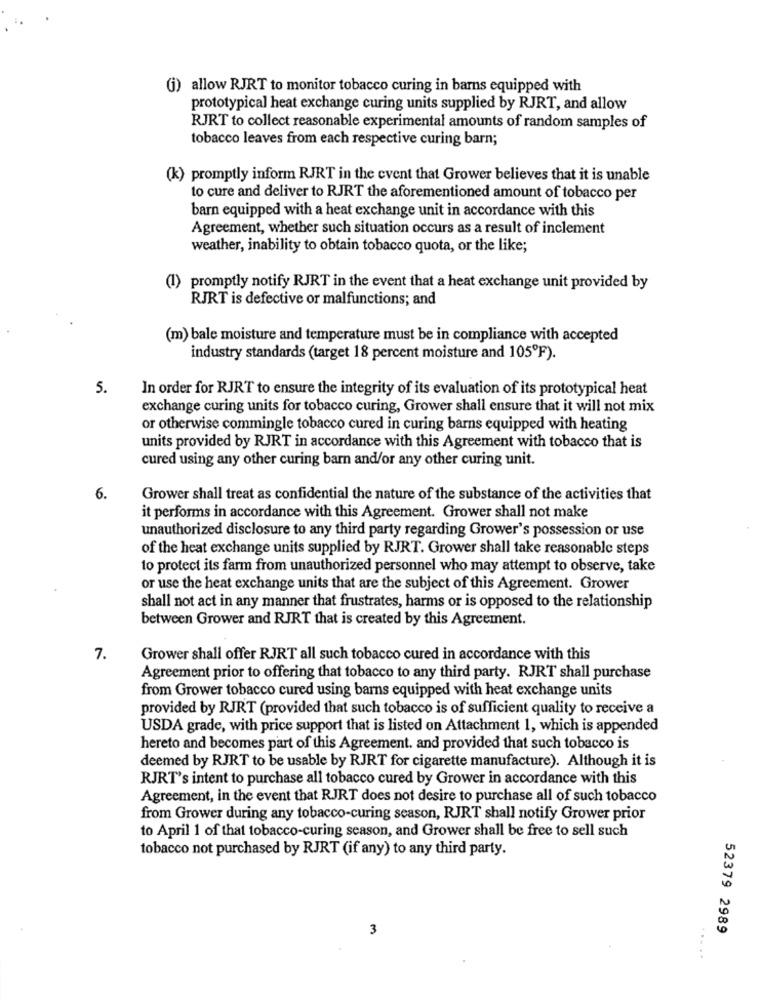
(j) allow RJRT to monitor tobacco curing in barns equipped with
prototypical heat exchange curing units supplied by RJRT, and allow
RJRT to collect reasonable experimental amounts of random samples of
tobacco leaves from each respective curing barn;
(k) promptly inform RJRT in the event that Grower believes that it is unable
to cure and deliver to RJRT the aforementioned amount of tobacco per
barn equipped with a heat exchange unit in accordance with this
Agreement, whether such situation occurs as a result of inclement
weather, inability to obtain tobacco quota, or the like;
(1)
promptly notify RJRT in the event that a heat exchange unit provided by
RJRT is defective or malfunctions; and
(m) bale moisture and temperature must be in compliance with accepted
industry standards (target 18 percent moisture and 105ºF).
5.
In order for RJRT to ensure the integrity of its evaluation of its prototypical heat
exchange curing units for tobacco curing, Grower shall ensure that it will not mix
or otherwise commingle tobacco cured in curing barns equipped with heating
units provided by RJRT in accordance with this Agreement with tobacco that is
cured using any other curing barn and/or any other curing unit.
6.
Grower shall treat as confidential the nature of the substance of the activities that
it performs in accordance with this Agreement. Grower shall not make
unauthorized disclosure to any third party regarding Grower's possession or use
of the heat exchange units supplied by RJRT. Grower shall take reasonable steps
to protect its farm from unauthorized personnel who may attempt to observe, take
or use the heat exchange units that are the subject of this Agreement. Grower
shall not act in any manner that frustrates, harms or is opposed to the relationship
between Grower and RJRT that is created by this Agreement.
7.
Grower shall offer RJRT all such tobacco cured in accordance with this
Agreement prior to offering that tobacco to any third party. RJRT shall purchase
from Grower tobacco cured using barns equipped with heat exchange units
provided by RJRT (provided that such tobacco is of sufficient quality to receive a
USDA grade, with price support that is listed on Attachment 1, which is appended
hereto and becomes part of this Agreement. and provided that such tobacco is
deemed by RJRT to be usable by RJRT for cigarette manufacture). Although it is
RJRT's intent to purchase all tobacco cured by Grower in accordance with this
Agreement, in the event that RJRT does not desire to purchase all of such tobacco
from Grower during any tobacco-curing season, RJRT shall notify Grower prior
to April 1 of that tobacco-curing season, and Grower shall be free to sell such
tobacco not purchased by RJRT (if any) to any third party.
3
52379 2989